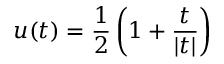
u ( t ) = \frac { 1 } { 2 } \left( 1 + \frac { t } { | t | } \right)